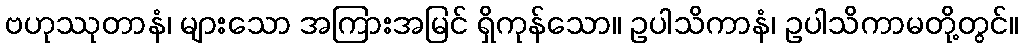
ဗဟုဿုတာနံ၊ များသော အကြားအမြင် ရှိကုန်သော။ ဥပါသိကာနံ၊ ဥပါသိကာမတို့တွင်။